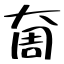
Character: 奝